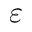
\varepsilon